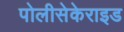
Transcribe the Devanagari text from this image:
पोलीसेकेराइड